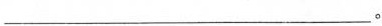
___。